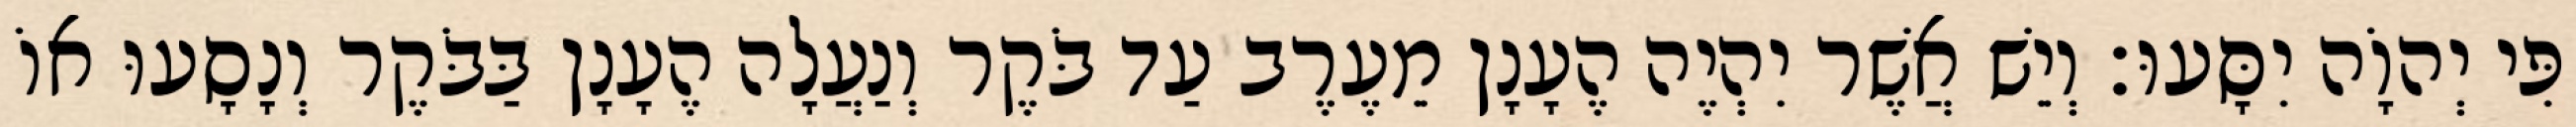
פִּי יְהוָֹה יִסָּעוּ׃ וְיֵשׁ אֲשֶׁר יִהְיֶה הֶעָנָן מֵעֶרֶב עַד בֹּקֶר וְנַעֲלָה הֶעָנָן בַּבֹּקֶר וְנָסָעוּ אוֹ